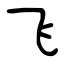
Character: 飞